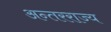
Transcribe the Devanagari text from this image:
अन्तरराज्य